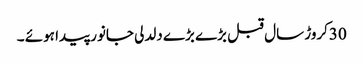
30کروڑ سال قبل بڑے بڑے دلدلی جانور پیدا ہوئے ۔